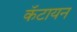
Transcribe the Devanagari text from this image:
कॅटायन